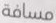
مسافة